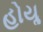
હોયૢ